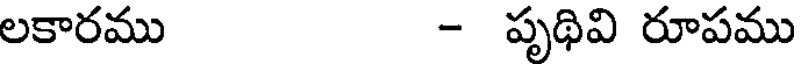
లకారము - పృథివి రూపము